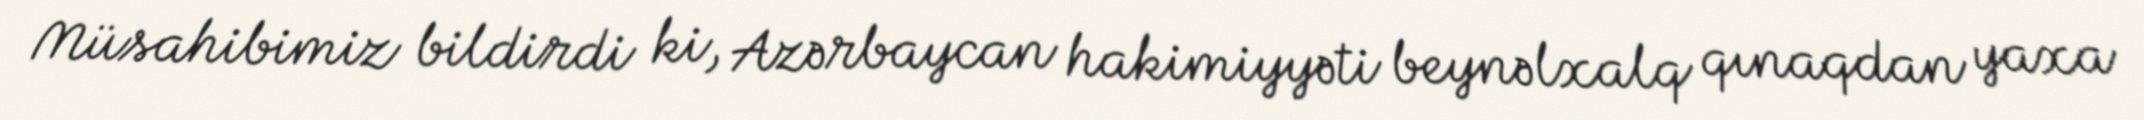
Müsahibimiz bildirdi ki, Azərbaycan hakimiyyəti beynəlxalq qınaqdan yaxa